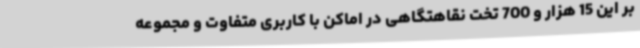
بر این 15 هزار و 700 تخت نقاهتگاهی در اماکن با کاربری متفاوت و مجموعه